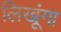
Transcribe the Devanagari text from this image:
लिखूंगा